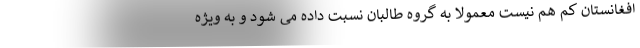
افغانستان کم هم نیست معمولا به گروه طالبان نسبت داده می شود و به ویژه